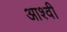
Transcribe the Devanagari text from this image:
आश्वी